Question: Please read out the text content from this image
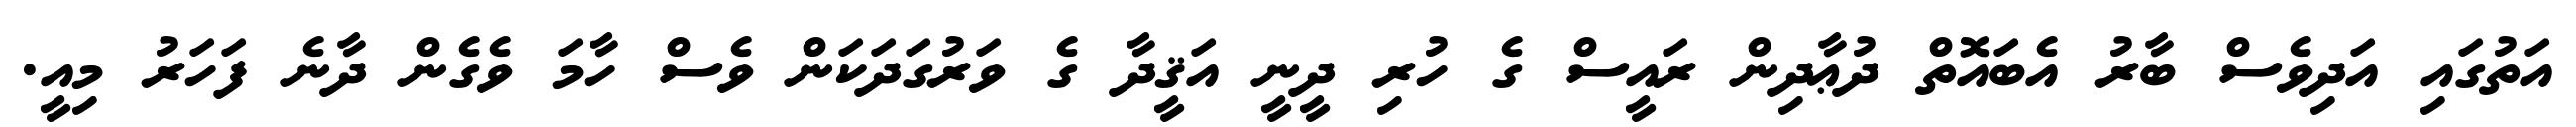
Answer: އަތުގައި އަދިވެސް ބާރު އެބައޮތް ދުޢާދިން ރައީސް ގެ ހުރި ދީނީ އަޤީދާ ގެ ވަރުގަދަކަން ވެސް ހާމަ ވެގެން ދާނެ ފަހަރު މިއީ.